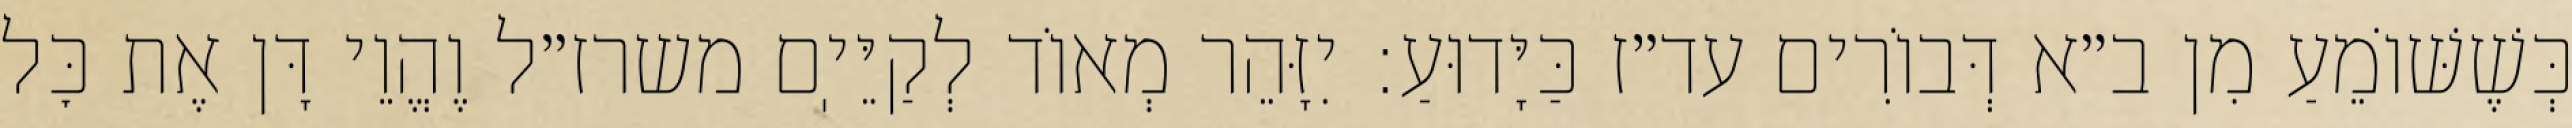
כְּשֶׁשּׁוֹמֵעַ מִן ב״א דְּבוֹרִים עד״ז כַּיָּדוּעַ: יִזָּהֵר מְאוֹד לְקַיֵּיֽם משרז״ל וֶהֱוֵי דָּן אֶת כׇּל